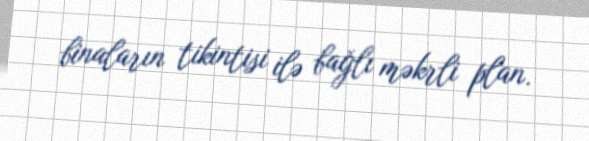
binaların tikintisi ilə bağlı məkrli plan.